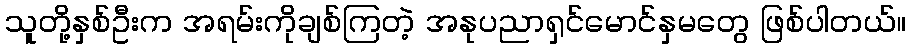
သူတို့နှစ်ဦးက အရမ်းကိုချစ်ကြတဲ့ အနုပညာရှင်မောင်နှမတွေ ဖြစ်ပါတယ်။